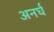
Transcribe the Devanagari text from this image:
अनर्घ